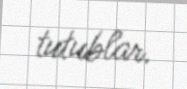
tutublar.